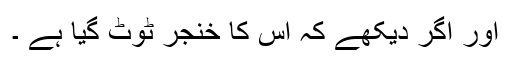
اور اگر دیکھے کہ اس کا خنجر ٹوٹ گیا ہے ۔